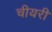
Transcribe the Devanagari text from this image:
चीयरी